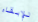
للإبقاء